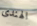
الهندى